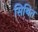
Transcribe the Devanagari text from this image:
सिथित